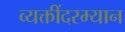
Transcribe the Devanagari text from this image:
व्यक्तींदरम्यान